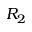
R _ { 2 }